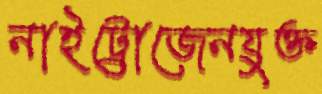
নাইট্রোজেনযুক্ত